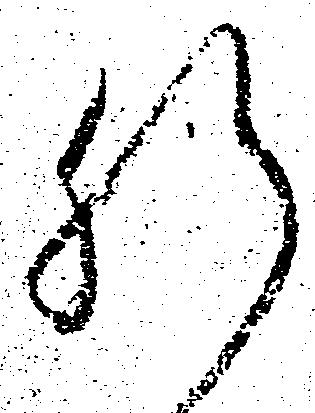
肝